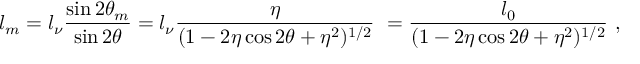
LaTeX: l _ { m } = l _ { \nu } \frac { \sin 2 \theta _ { m } } { \sin 2 \theta } = l _ { \nu } \frac { \eta } { ( 1 - 2 \eta \cos 2 \theta + \eta ^ { 2 } ) ^ { 1 / 2 } } ~ = \frac { l _ { 0 } } { ( 1 - 2 \eta \cos 2 \theta + \eta ^ { 2 } ) ^ { 1 / 2 } } ~ ,